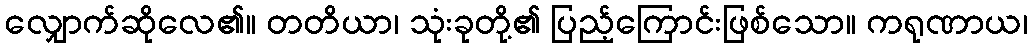
လျှောက်ဆိုလေ၏။ တတိယာ၊ သုံးခုတို့၏ ပြည့်ကြောင်းဖြစ်သော။ ကရုဏာယ၊